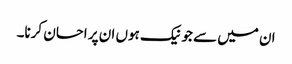
ان میں سے جو نیک ہوں ان پر احسان کرنا۔